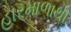
હારમાળાથી